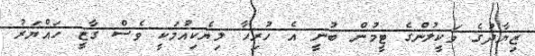
ޒިޔާދުގެ ވަކީލުންގެ ޓީމުން ބުނީ އެ ހުރިހާ ލިޔެކިއުމަކީ ވެސް ގާޒީ ހައްޔަރު